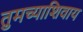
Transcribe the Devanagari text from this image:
तुमच्याशिवाय